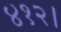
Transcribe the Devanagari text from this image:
४१२।